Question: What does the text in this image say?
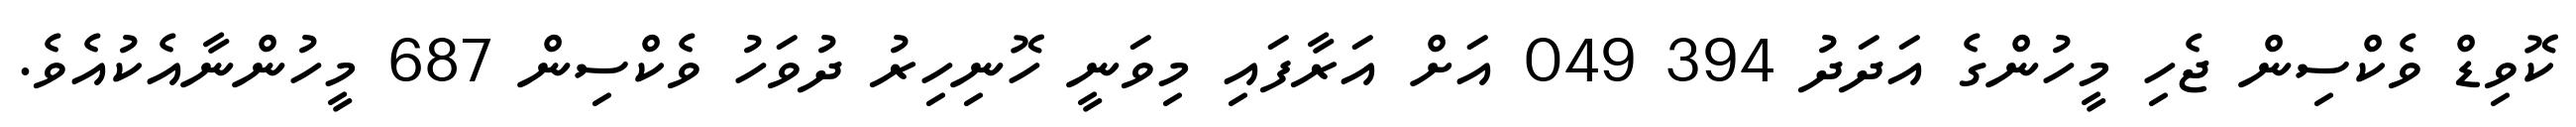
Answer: ކޮވިޑް ވެކްސިން ޖެހި މީހުންގެ އަދަދު 394 049 އަށް އަރާފައި މިވަނީ ހޮނިހިރު ދުވަހު ވެކްސިން 687 މީހުންނާއެކުއެވެ.